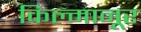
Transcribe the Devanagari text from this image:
किल्मानूर